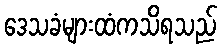
ဒေသခံများထံကသိရသည်